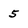
Character: 5